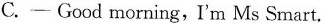
C.- Good morning,I'm Ms Smart.